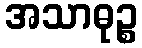
အသာဓုဉ္စ